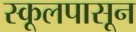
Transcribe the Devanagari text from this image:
स्कूलपासून